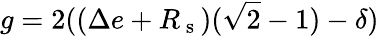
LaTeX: g=2((\Delta e+R_{\mathrm{~s~}})(\sqrt{2}-1)-\delta)